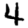
Digit: 4